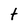
Character: t